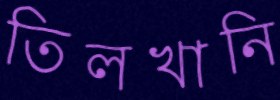
তিলখানি